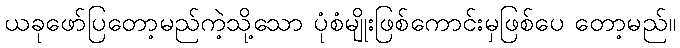
ယခုဖော်ပြတော့မည်ကဲ့သို့သော ပုံစံမျိုးဖြစ်ကောင်းမှဖြစ်ပေ တော့မည်။